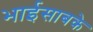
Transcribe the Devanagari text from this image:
भाईसाबके